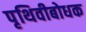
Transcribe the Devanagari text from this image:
पृथिवीबोधक